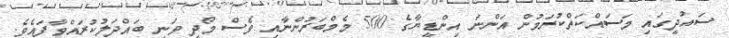
ސައުދީގައި މަސައްކަތްކުރަމުން އަންނަ އިންޑީޔާގެ 500 މެމްބަރުންނާއި ވެސް މޯދީ ވަނީ ބައްދަލުކުރައްވާފައެެެވެ.